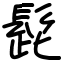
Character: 髭